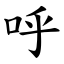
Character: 呼